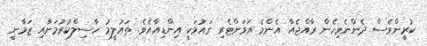
ކުރީންވެސް ދެންނެވިހެން ރާއްޖެއާ އެންމެ އަވަށްޓެރި ގައުމަކީ އިންޑިއާއެވެ. ތައުލީމު ހާސިލްކުރުމަށާއި ޒަމާނީ